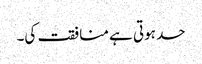
حد ہوتی ہے منافقت کی۔